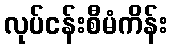
လုပ်ငန်းစီမံကိန်း